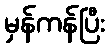
မှန်ကန်ပြီး